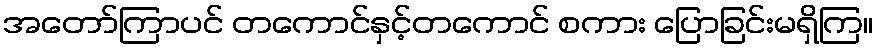
အတော်ကြာပင် တကောင်နှင့်တကောင် စကား ပြောခြင်းမရှိကြ။